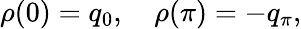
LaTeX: \rho(0)=q_{0},\quad\rho(\pi)=-q_{\pi},